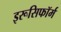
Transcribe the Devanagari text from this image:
इरूसिफॉर्म